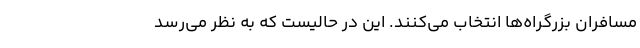
مسافران بزرگراه‌ها انتخاب می‌کنند. این در حالیست که به نظر می‌رسد